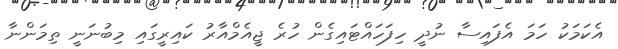
އެކަމަކު ހަމަ އެފައިސާ ނުދީ ހިފަހައްޓައިގެން ހުރެ ޖީއެމްއާރު ކައިރީގައި މިބުނަނީ ތިމަންނާ